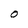
Character: O